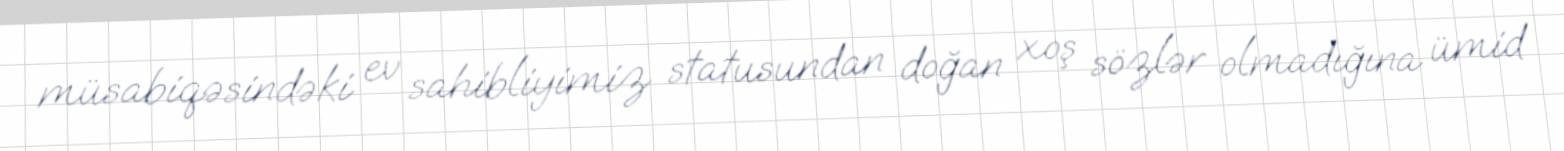
müsabiqəsindəki ev sahibliyimiz statusundan doğan xoş sözlər olmadığına ümid